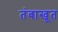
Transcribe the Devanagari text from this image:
तंबाखूत